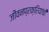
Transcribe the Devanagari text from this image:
जीवनप्रक्रियांची